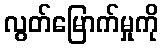
လွတ်မြောက်မှုကို